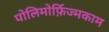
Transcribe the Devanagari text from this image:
पोलिमोर्फ़िज्मकाम